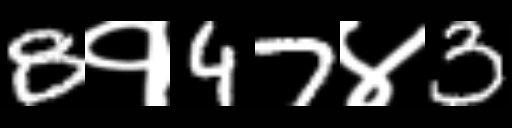
Text: 8१47४3